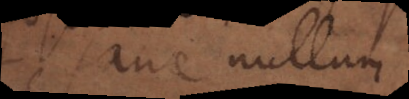
ne nullum